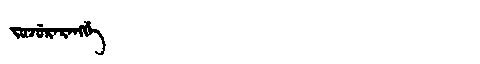
Manchu: ᠵᡠᠵᡠᡵᠠᡵᠠᠩᡤᡝ
Romanization: JUJURARANGGE